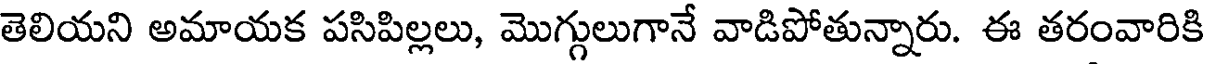
తెలియని అమాయక పసిపిల్లలు, మొగ్గులుగానే వాడిపోతున్నారు. ఈ తరంవారికి